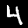
Label: 4